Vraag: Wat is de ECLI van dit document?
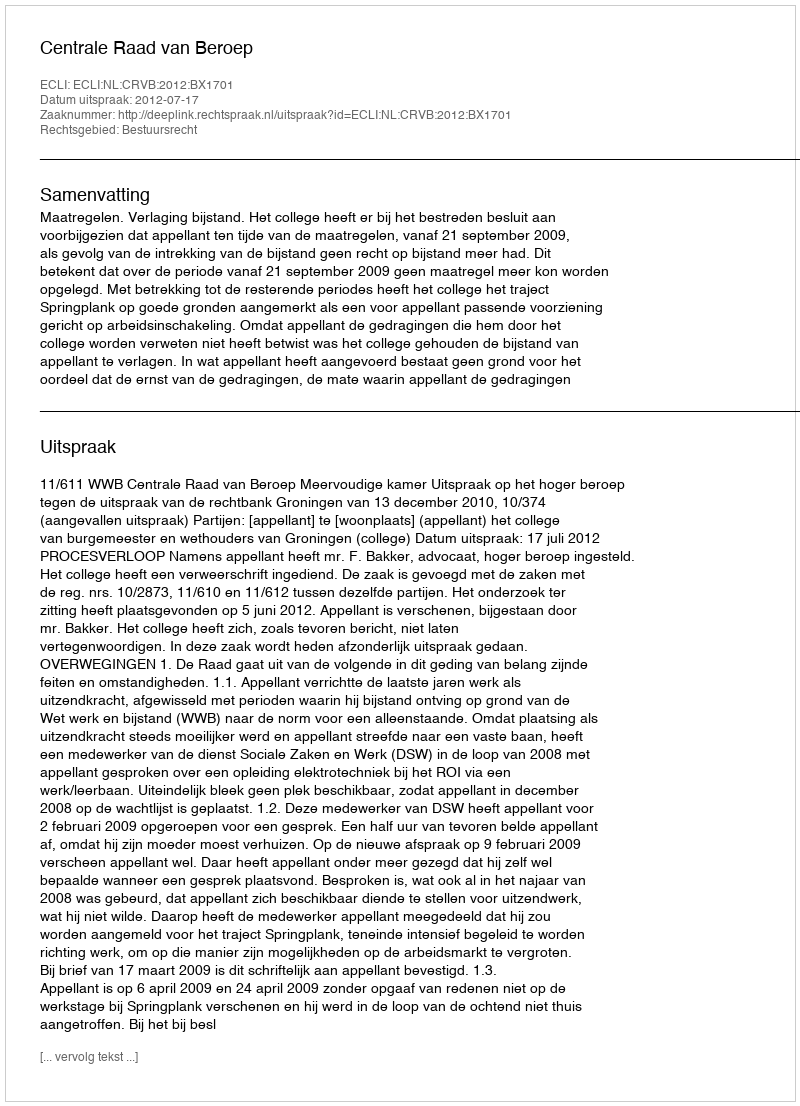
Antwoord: ECLI:NL:CRVB:2012:BX1701